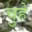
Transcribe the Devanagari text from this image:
चुहे